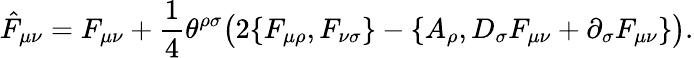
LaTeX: \hat{F}_{\mu\nu}=F_{\mu\nu}+{\frac{1}{4}}\theta^{\rho\sigma}\big(2\{ F_{\mu\rho},F_{\nu\sigma}\} -\{ A_{\rho},D_{\sigma}F_{\mu\nu}+\partial_{\sigma}F_{\mu\nu}\} \big).